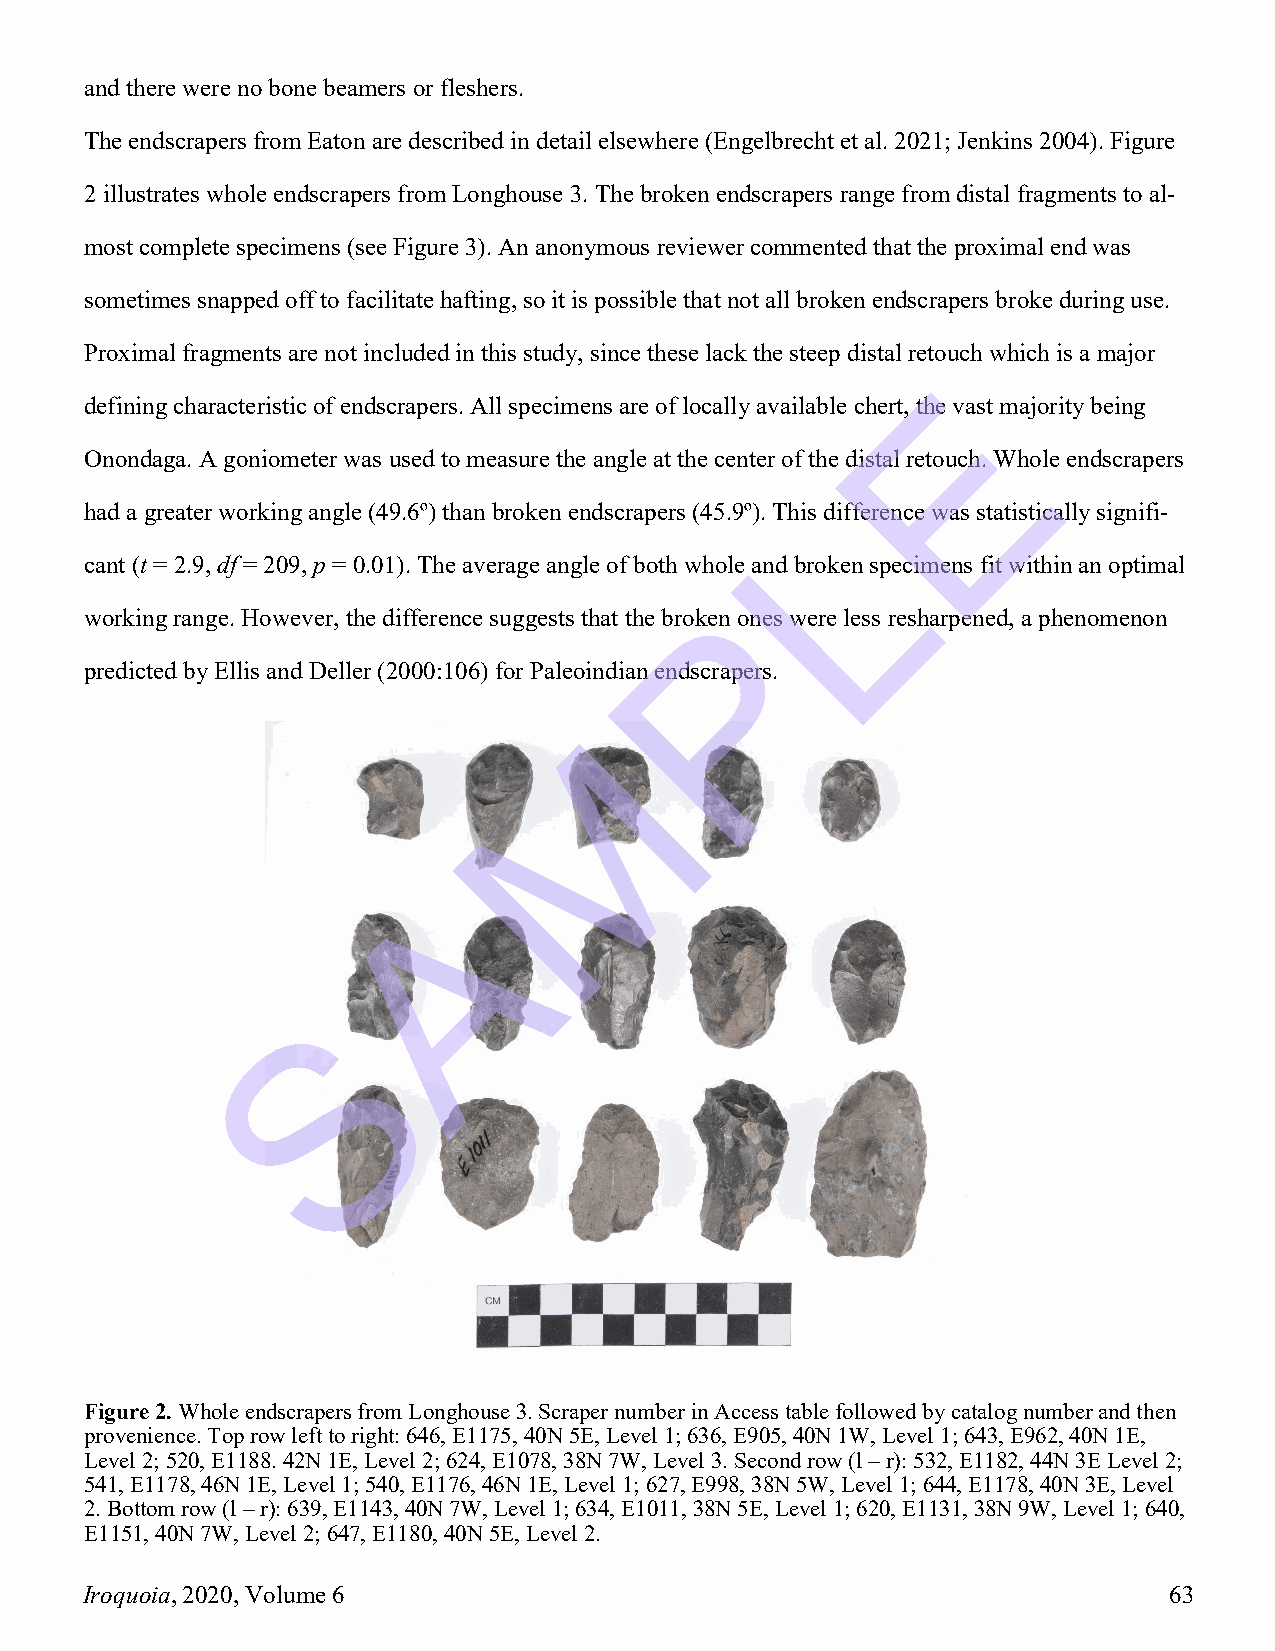
and there were no bone beamers or fleshers.
 The endscrapers from Eaton are described in detail elsewhere (Engelbrecht et al. 2021; Jenkins 2004). Figure
 2 illustrates whole endscrapers from Longhouse 3. The broken endscrapers range from distal fragments to al-
 most complete specimens (see Figure 3). An anonymous reviewer commented that the proximal end was
 sometimes snapped off to facilitate hafting, so it is possible that not all broken endscrapers broke during use.
 Proximal fragments are not included in this study, since these lack the steep distal retouch which is a major
 E
 defining characteristic of endscrapers. All specimens are of locally available chert, the vast majority being
 Onondaga. A goniometer was used to measure the angle at the center of the distal retouch. Whole endscrapers
 L
 had a greater working angle (49.6º) than broken endscrapers (45.9º). This difference was statistically signifi-
 cant (t = 2.9, df = 209, p = 0.01). The average angle of both whole and broken specimens fit within an optimal
 P
 working range. However, the difference suggests that the broken ones were less resharpened, a phenomenon
 predicted by Ellis and Deller (2000:106) for Paleoindian endscrapers.
 M
 A
 S
 Figure 2. Whole endscrapers from Longhouse 3. Scraper number in Access table followed by catalog number and then
 provenience. Top row left to right: 646, E1175, 40N 5E, Level 1; 636, E905, 40N 1W, Level 1; 643, E962, 40N 1E,
 Level 2; 520, E1188. 42N 1E, Level 2; 624, E1078, 38N 7W, Level 3. Second row (l – r): 532, E1182, 44N 3E Level 2;
 541, E1178, 46N 1E, Level 1; 540, E1176, 46N 1E, Level 1; 627, E998, 38N 5W, Level 1; 644, E1178, 40N 3E, Level
 2. Bottom row (l – r): 639, E1143, 40N 7W, Level 1; 634, E1011, 38N 5E, Level 1; 620, E1131, 38N 9W, Level 1; 640,
 E1151, 40N 7W, Level 2; 647, E1180, 40N 5E, Level 2.
 Iroquoia, 2020, Volume 6                                                63